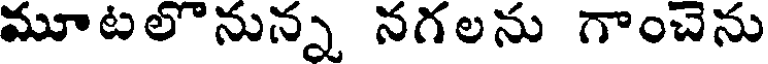
మూటలొనున్న నగలను గాంచెను